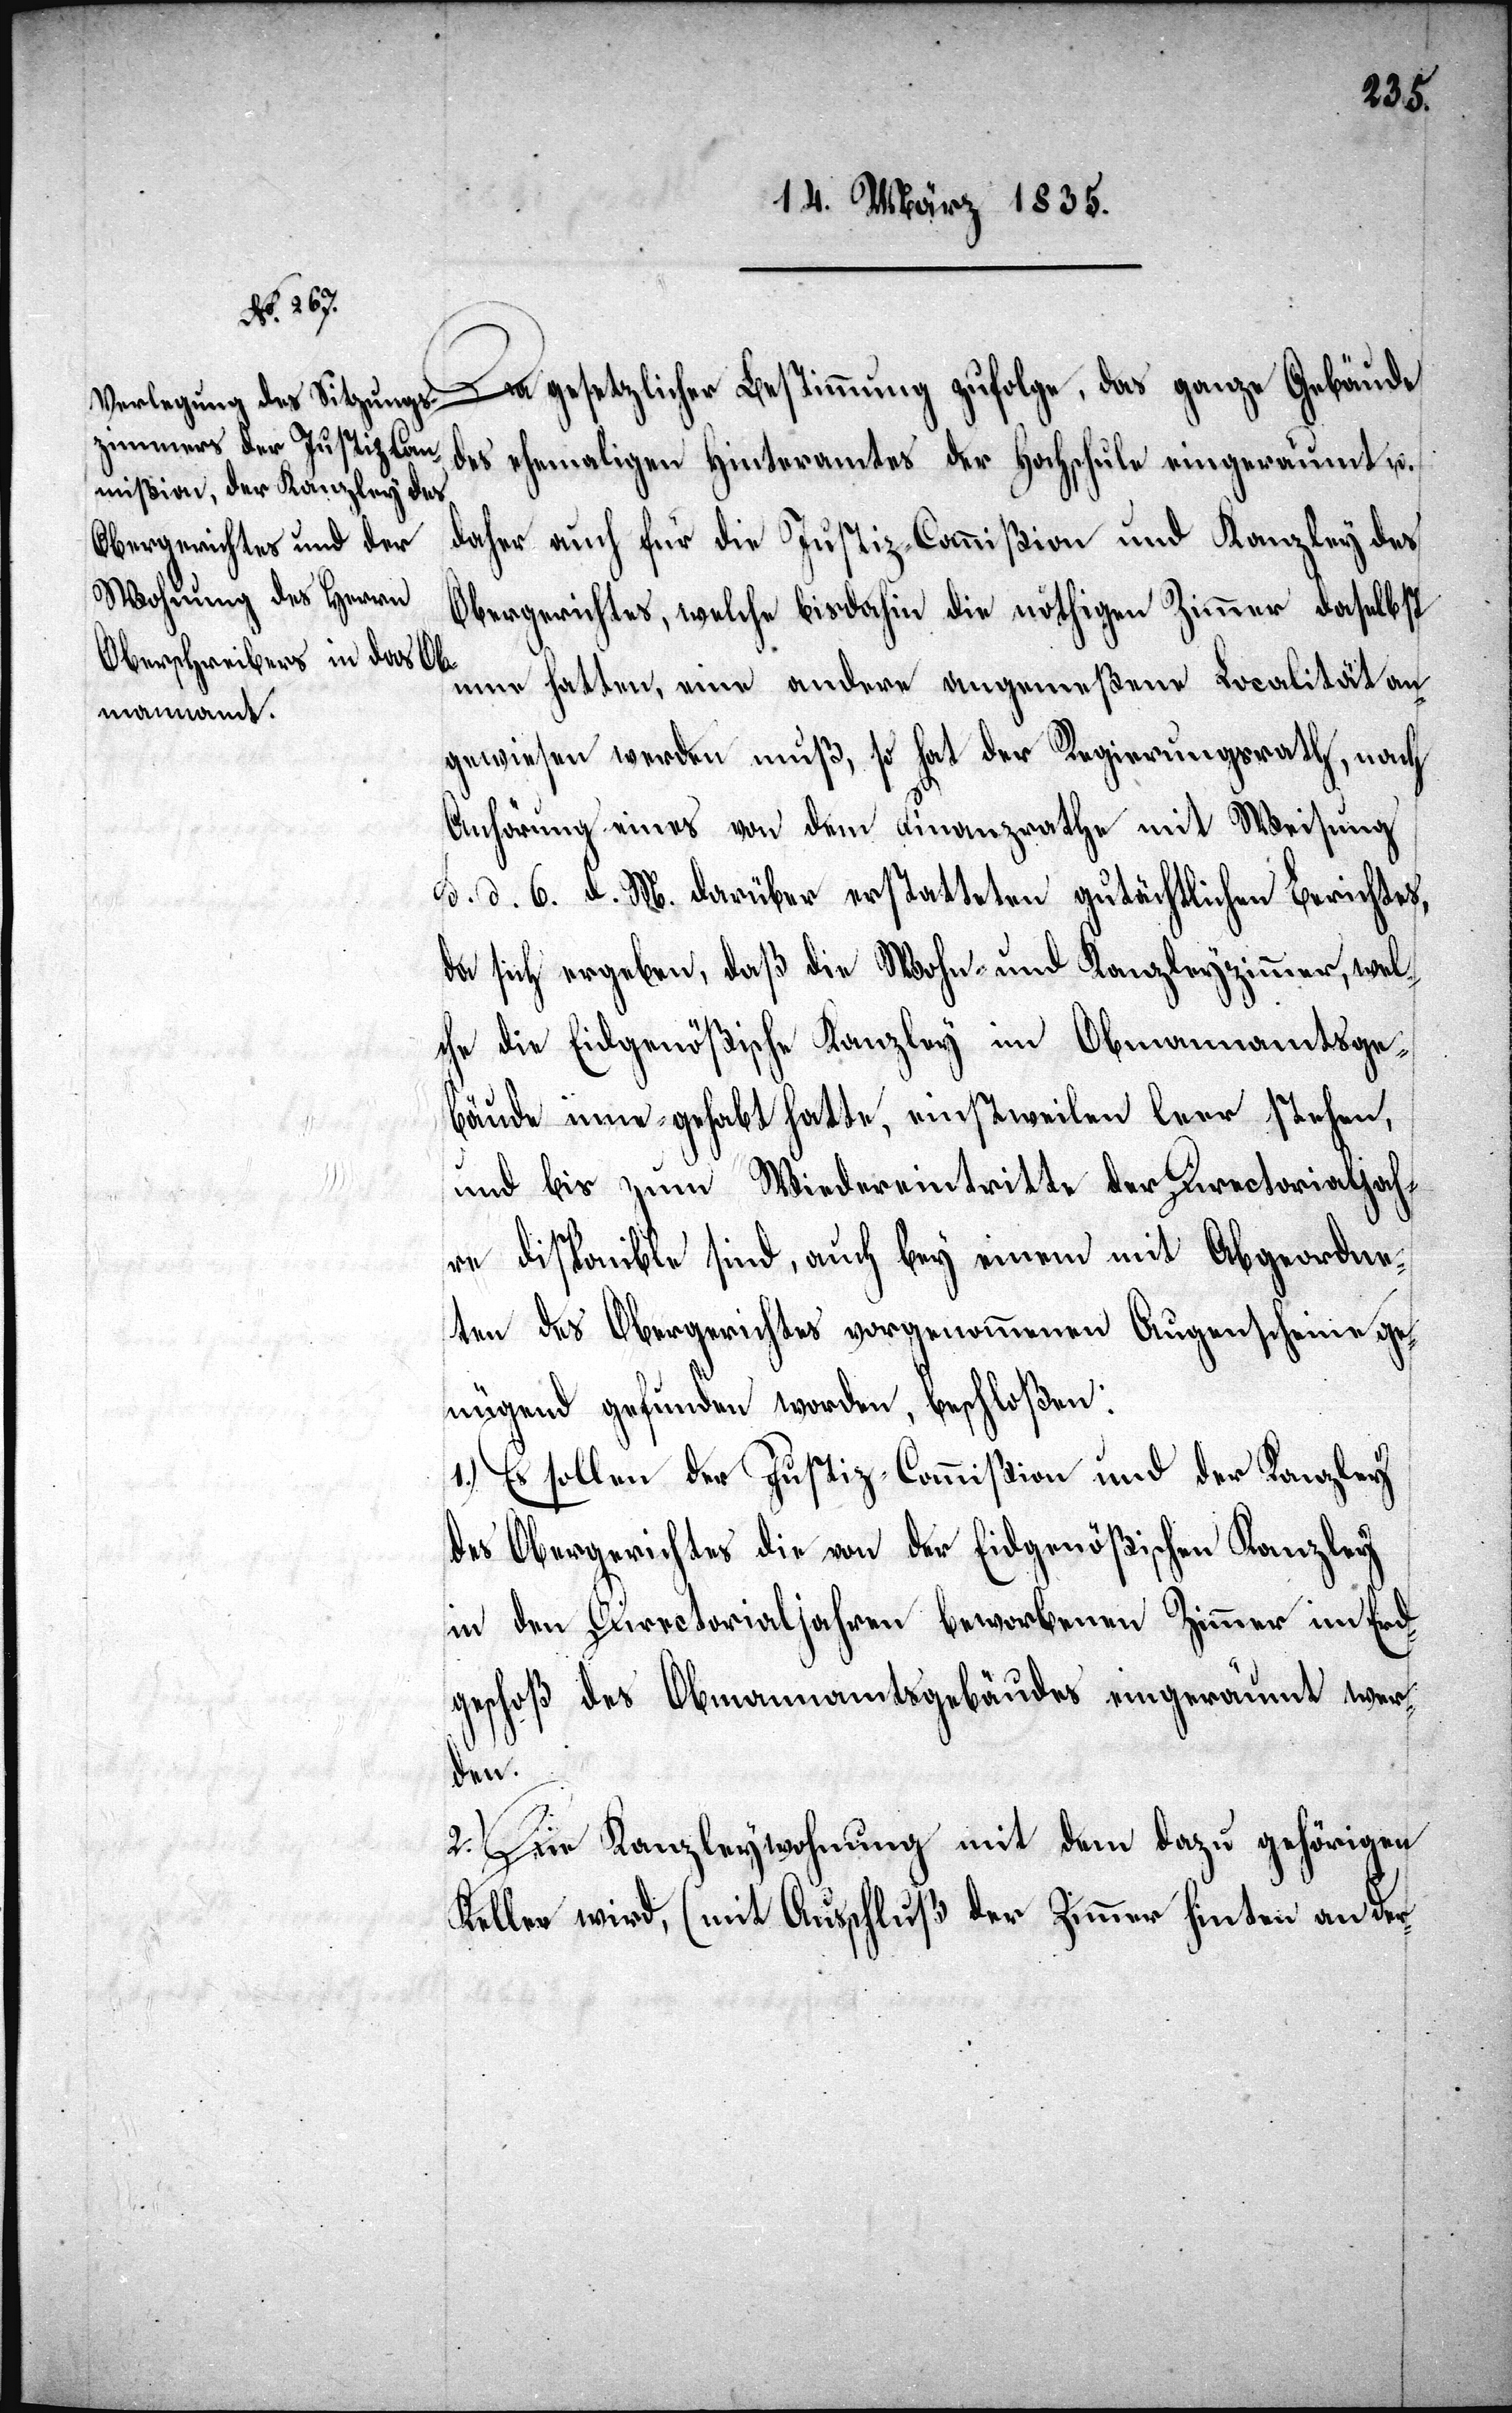
Da gesetzlicher Bestimmung zufolge, das ganze Gebäude
des ehemaligen Hinteramtes der Hochschule eingeräumt u.
daher auch für die Justiz-Commißion und Kanzley des
Obergerichtes, welche bisdahin die nöthigen Zimmer daselbst
inne hatten, eine andere angemeßene Localität an¬
gewiesen werden muß, so hat der Regierungsrath, nach
Anhörung eines von dem Finanzrathe mit Weisung
d. d. 6. d. M. darüber erstatteten gutächtlichen Berichtes,
da sich ergeben, daß die Wohn- und Kanzleyzimmer, wel¬
che die Eidgenößische Kanzley im Obmannamtsge¬
bäude inne gehabt hatte, einstweilen leer stehen,
und bis zum Wiedereintritte der Directorialjah¬
re disponible sind, auch bey einem mit Abgeordne¬
ten des Obergerichtes vorgenommenen Augenscheine ge¬
nügend gefunden worden, beschloßen:
1.) Es sollen der Justiz-Commißion und der Kanzley
des Obergerichtes die von der Eidgenößischen Kanzley
in den Directorialjahren beworbenen Zimmer im Erd¬
geschoß des Obmannamtsgebäudes eingeräumt wer¬
den.
2.) Die Kanzleywohnung mit dem dazu gehörigen
Keller wird, (mit Ausschluß der Zimmer hinten an der